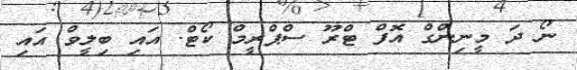
ނޯ ދަ މީނިންގް އޮފް ޓްރޫ ސްޕްރީމް ކޯޓް. އައި ބިލީވް އައި